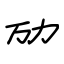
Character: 劢